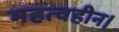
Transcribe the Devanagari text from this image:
महत्वहीन।